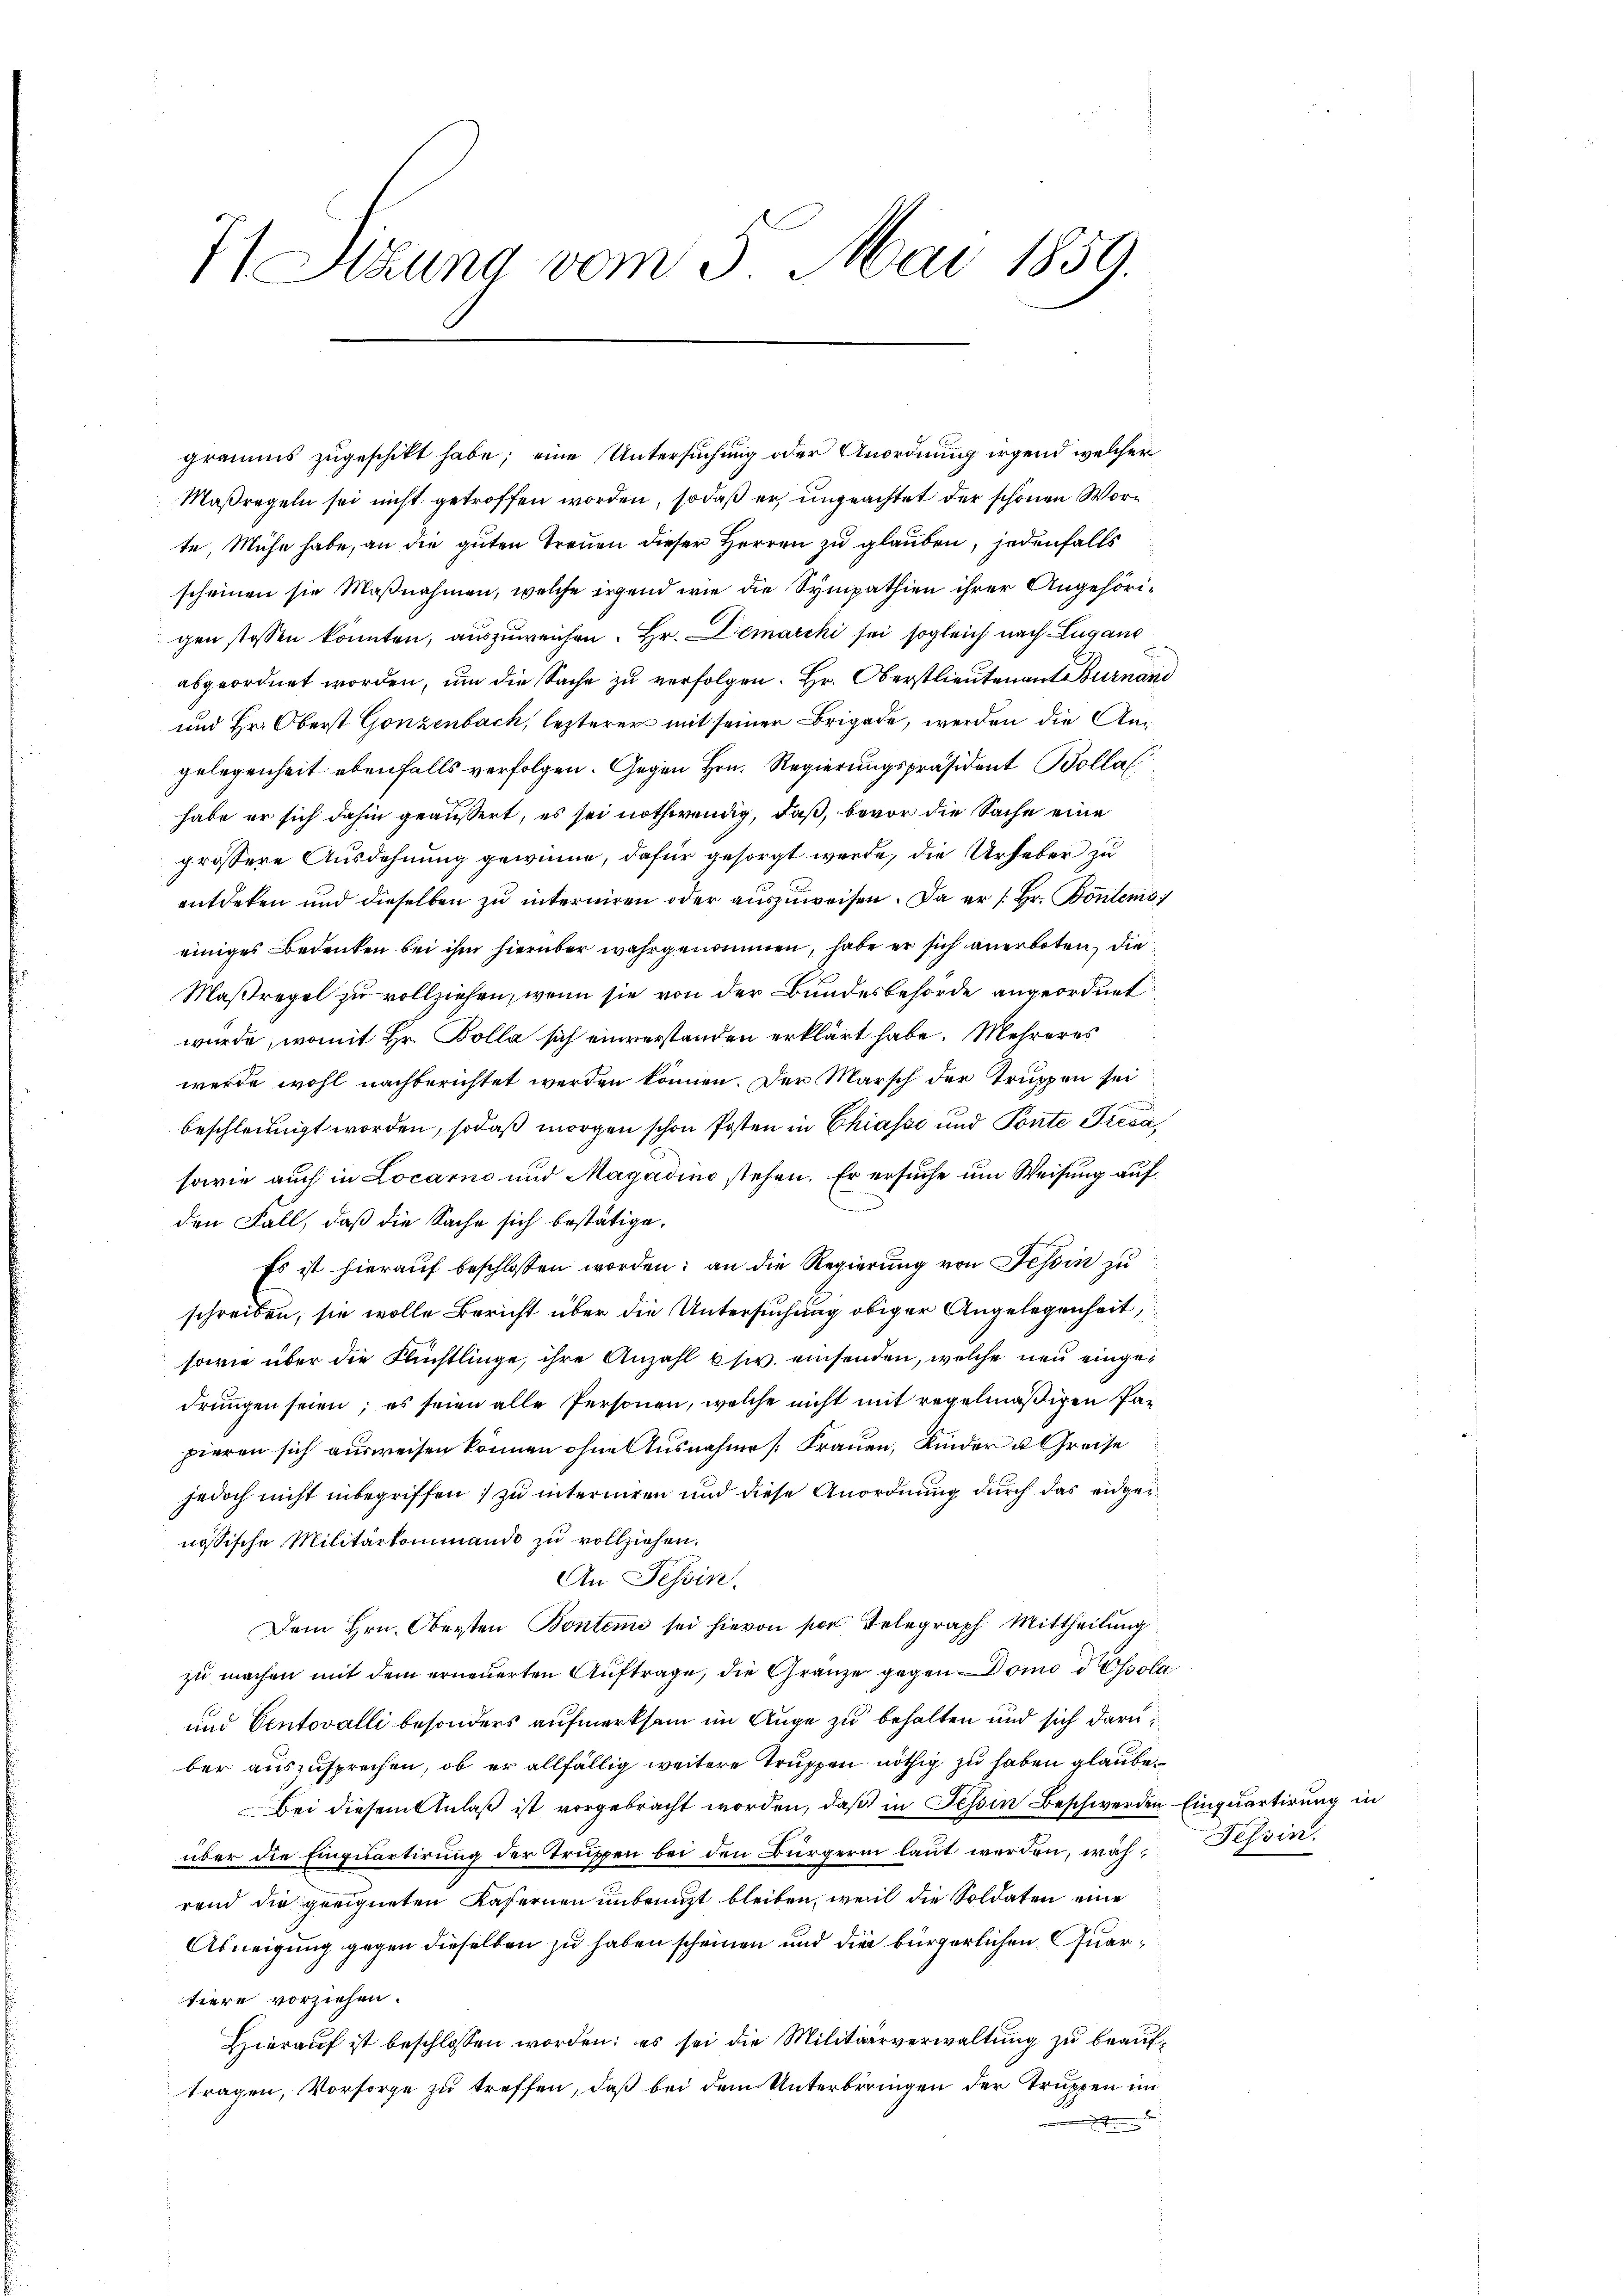
7/ Stzung vom 3. Mai 1859.

gramms zugeschikt habe; eine Untersuchung oder Anordnung irgend welcher
Maßregeln sei nicht getroffen worden, so daß er, ungeachtet der schönen Worte, Mühe habe, an die guten Treuen dieser Herren zu glauben, jedenfalls
scheinen sie Maßnahmen, welche irgend wie die Sympathien ihrer Angehörigen stossen könnten, auszuweichen. Hr. Demarchi sei sogleich nach Lugano
abgeordnet worden, um die Sache zu verfolgen. Hr. Oberstlieutenant Burnand
und Hr. Oberst Gonzenbach, lezterer mit seiner Brigade, werden die Angelegenheit ebenfalls verfolgen. Gegen Hrn. Regierungspräsident Bolla
habe er sich dahin geäußert, es sei nothwendig, daß, bevor die Sache eine
grössere Ausdehnung gewinne, dafür gesorgt werde, die Urheber zu
entdeken und dieselben zu interniren oder auszuweisen. Da er /: Hr. Bontems
einiges Bedenken bei ihm hierüber wahrgenommen, habe er sich anerboten, die
Maßregel zu vollziehen, wenn sie von der Bundesbehörde angeordnet
würde, womit Hr. Bolla sich einverstanden erklärt habe. Mehreres
werde wohl nachberichtet werden können. Der Marsch der Truppen sei
beschleunigt worden, sodaß morgen schon Posten in Chiasso und Ponte Preca
sowie auch in Locarno und Magadino stehen. Er ersuche um Weisung auf
den Fall, daß die Sache sich bestätige.
Es ist hierauf beschlossen worden; an die Regierung von Tessin zu
schreiben, sie wolle Bericht über die Untersuchung obiger Angelegenheit,
sowie über die Flüchtlinge, ihre Anzahl bsiv. einsenden, welche neu eingedrungen seien; es seien alle Personen, welche nicht mit regelmäßigen Parpieren sich ausweisen können ohne Ausnahme Frauen, Kinder u. Greise
jedoch nicht inbegriffen) zu interniren und diese Anordnung durch das eidger
nössische Militärkommando zu vollziehen.
An Tessin.
Dem Hrn. Obersten Bonteme sei hievon vor Telegraph Mittheilung
zu machen mit dem erneuerten Auftrage, die Gränze gegen domo d Essolu
und Centovalli besonders aufmerksam im Auge zu behalten und sich daru
ber auszusprechen, ob er allfällig weitere Truppen nöthig zu haben glaube.
Bei diesem Anlaß ist vorgebracht worden, daß in Tessin Beschwerden
über die Einquartirung der Truppen bei den Bürgerin laut werden, während die geeigneten Kafernen unbrucht bleiben, weil die Soldaten eine
Abneigung gegen dieselben zu haben scheinen und die bürgerlichen Quartiere vorziehen.
Hierauf ist beschlossen worden; es sei die Militärverwaltung zu beauftragen, Vorsorge zu treffen, daß bei dem Unterbringen der Truppen im
x

Einquartirung in
Tessin.